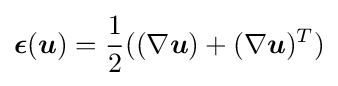
{\boldsymbol {\epsilon }}({\boldsymbol {u}})={\frac {1}{2}}((\nabla {\boldsymbol {u}})+(\nabla {\boldsymbol {u}})^{T})